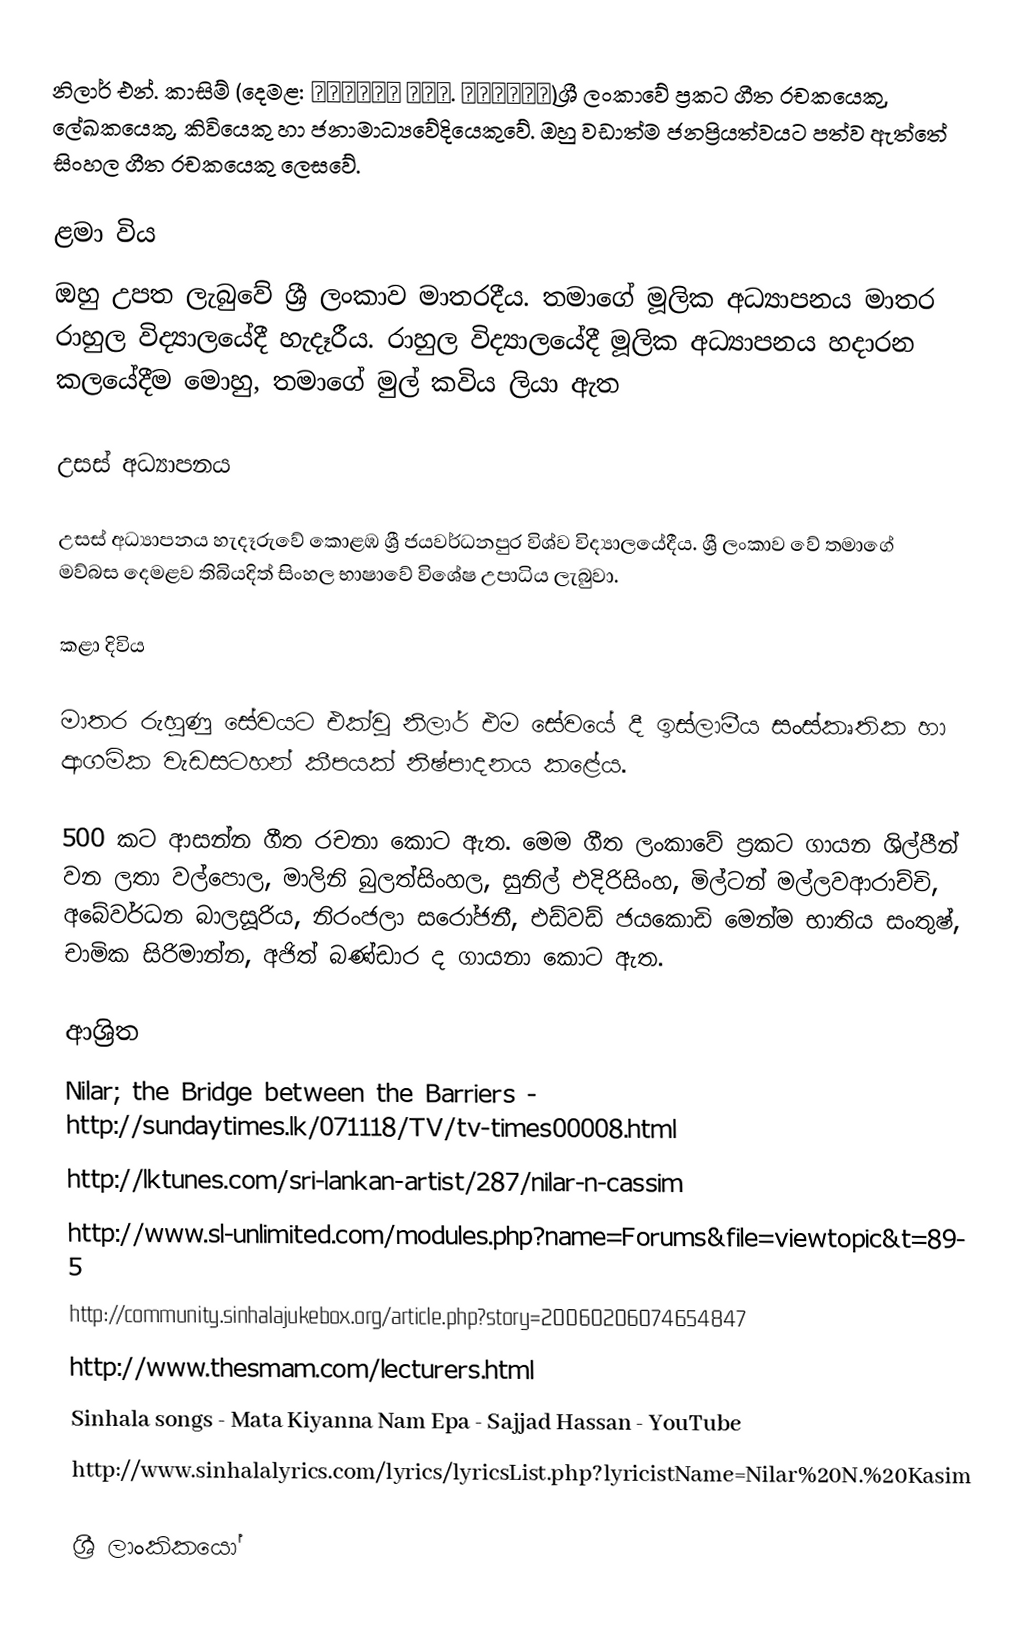
නිලාර් එන්. කාසිම් (දෙමළ: நிளார் என். காசிம்)ශ්‍රී ලංකාවේ ප්‍රකට ගීත රචකයෙකු, ලේඛකයෙකු, කිවියෙකු හා ජනාමාධ්‍යවේදියෙකුවේ. ඔහු වඩාත්ම ජනප්‍රියත්වයට පත්ව ඇත්තේ සිංහල ගීත රචකයෙකු ලෙසවේ.

ළමා විය
ඔහු උපත ලැබුවේ ශ්‍රී ලංකාව මාතරදීය. තමාගේ මූලික අධ්‍යාපනය මාතර රාහුල විද්‍යාලයේදී හැදෑරීය. රාහුල විද්‍යාලයේදී මූලික අධ්‍යාපනය හදාරන කලයේදීම මොහු, තමාගේ මුල් කවිය ලියා ඇත

උසස් අධ්‍යාපනය

උසස් අධ්‍යාපනය හැදෑරුවේ කොළඹ ශ්‍රී ජයවර්ධනපුර විශ්ව විද්‍යාලයේදීය.  ශ්‍රී ලංකාව වේ තමාගේ මව්බස දෙමළව තිබියදිත් සිංහල භාෂාවේ විශේෂ උපාධිය ලැබුවා.

කළා දිවිය

මාතර රුහුණු සේවයට එක්වූ නිලාර් එම සේවයේ දී ඉස්ලාමීය සංස්කෘතික හා ආගමික වැඩසටහන් කීපයක් නිෂ්පාදනය කළේය.

500 කට ආසන්න ගීත රචනා කොට ඇත. මෙම ගීත ලංකාවේ ප්‍රකට ගායන ශිල්පීන් වන ලතා වල්පොල, මාලිනි බුලත්සිංහල, සුනිල් එදිරිසිංහ, මිල්ටන් මල්ලවආරාච්චි, අබේවර්ධන බාලසූරිය, නිරංජලා සරෝජනී, එඩ්වඩ් ජයකොඩි මෙන්ම භාතිය සංතුෂ්, චාමික සිරිමාන්න, අජිත් බණ්ඩාර ද ගායනා කොට ඇත.

ආශ්‍රිත
 Nilar; the Bridge between the Barriers - http://sundaytimes.lk/071118/TV/tv-times00008.html
 http://lktunes.com/sri-lankan-artist/287/nilar-n-cassim
 http://www.sl-unlimited.com/modules.php?name=Forums&file=viewtopic&t=895
 http://community.sinhalajukebox.org/article.php?story=20060206074654847
 http://www.thesmam.com/lecturers.html
 Sinhala songs - Mata Kiyanna Nam Epa - Sajjad Hassan - YouTube
 http://www.sinhalalyrics.com/lyrics/lyricsList.php?lyricistName=Nilar%20N.%20Kasim

ශ්‍රී ලාංකිකයෝ